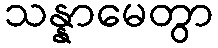
သန္နာမေတွာ